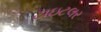
ટાઇટલર